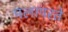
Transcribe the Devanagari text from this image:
मलापरते